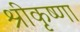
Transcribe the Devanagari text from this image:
श्रीकृष्णा